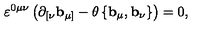
\varepsilon ^ { 0 \mu \nu } \left( \mathbf { \partial } _ { [ \nu } \mathbf { b } _ { \mu ] } - \theta \left\{ \mathbf { b } _ { \mu } , \mathbf { b } _ { \nu } \right\} \right) = 0 ,